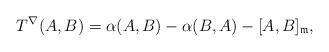
LaTeX: \begin{align*}T^{\nabla}(A,B)=\alpha (A,B)-\alpha (B,A)-[A,B]_\mathfrak{m},\end{align*}